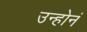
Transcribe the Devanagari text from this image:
उन्होनं